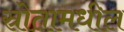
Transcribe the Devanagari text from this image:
स्रोतामधील